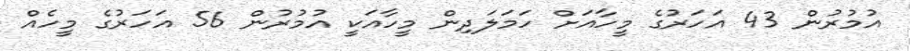
އުމުރުން 43 އަހަރުގެ މީހާއަށް ހަމަލަދިން މީހާއަކީ އުމުރުން 56 އަހަރުގެ މީހެއް